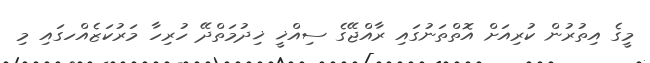
މީގެ އިތުރުން ކުރިއަށް އޮތްތަނުގައި ރާއްޖޭގެ ސިއްޚީ ޚިދުމަތްދޭ ހުރިހާ މަރުކަޒެއްހގައި މި